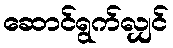
ဆောင်ရွက်လျှင်